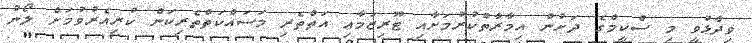
ވިދާޅުވީ މި ސްކީމްގެ ދަށުން އިމާރާތްކުރުމަށާއި ޓޫރިޒަމާއި އަތްތެރި މަސައްކަތްތެރިކަން ކުރިއެރުވުމަށް ލޯނު